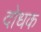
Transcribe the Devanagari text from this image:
दोधक